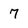
Character: 7